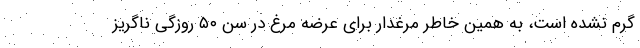
گرم نشده است، به همین خاطر مرغدار برای عرضه مرغ در سن ۵۰ روزگی ناگریز